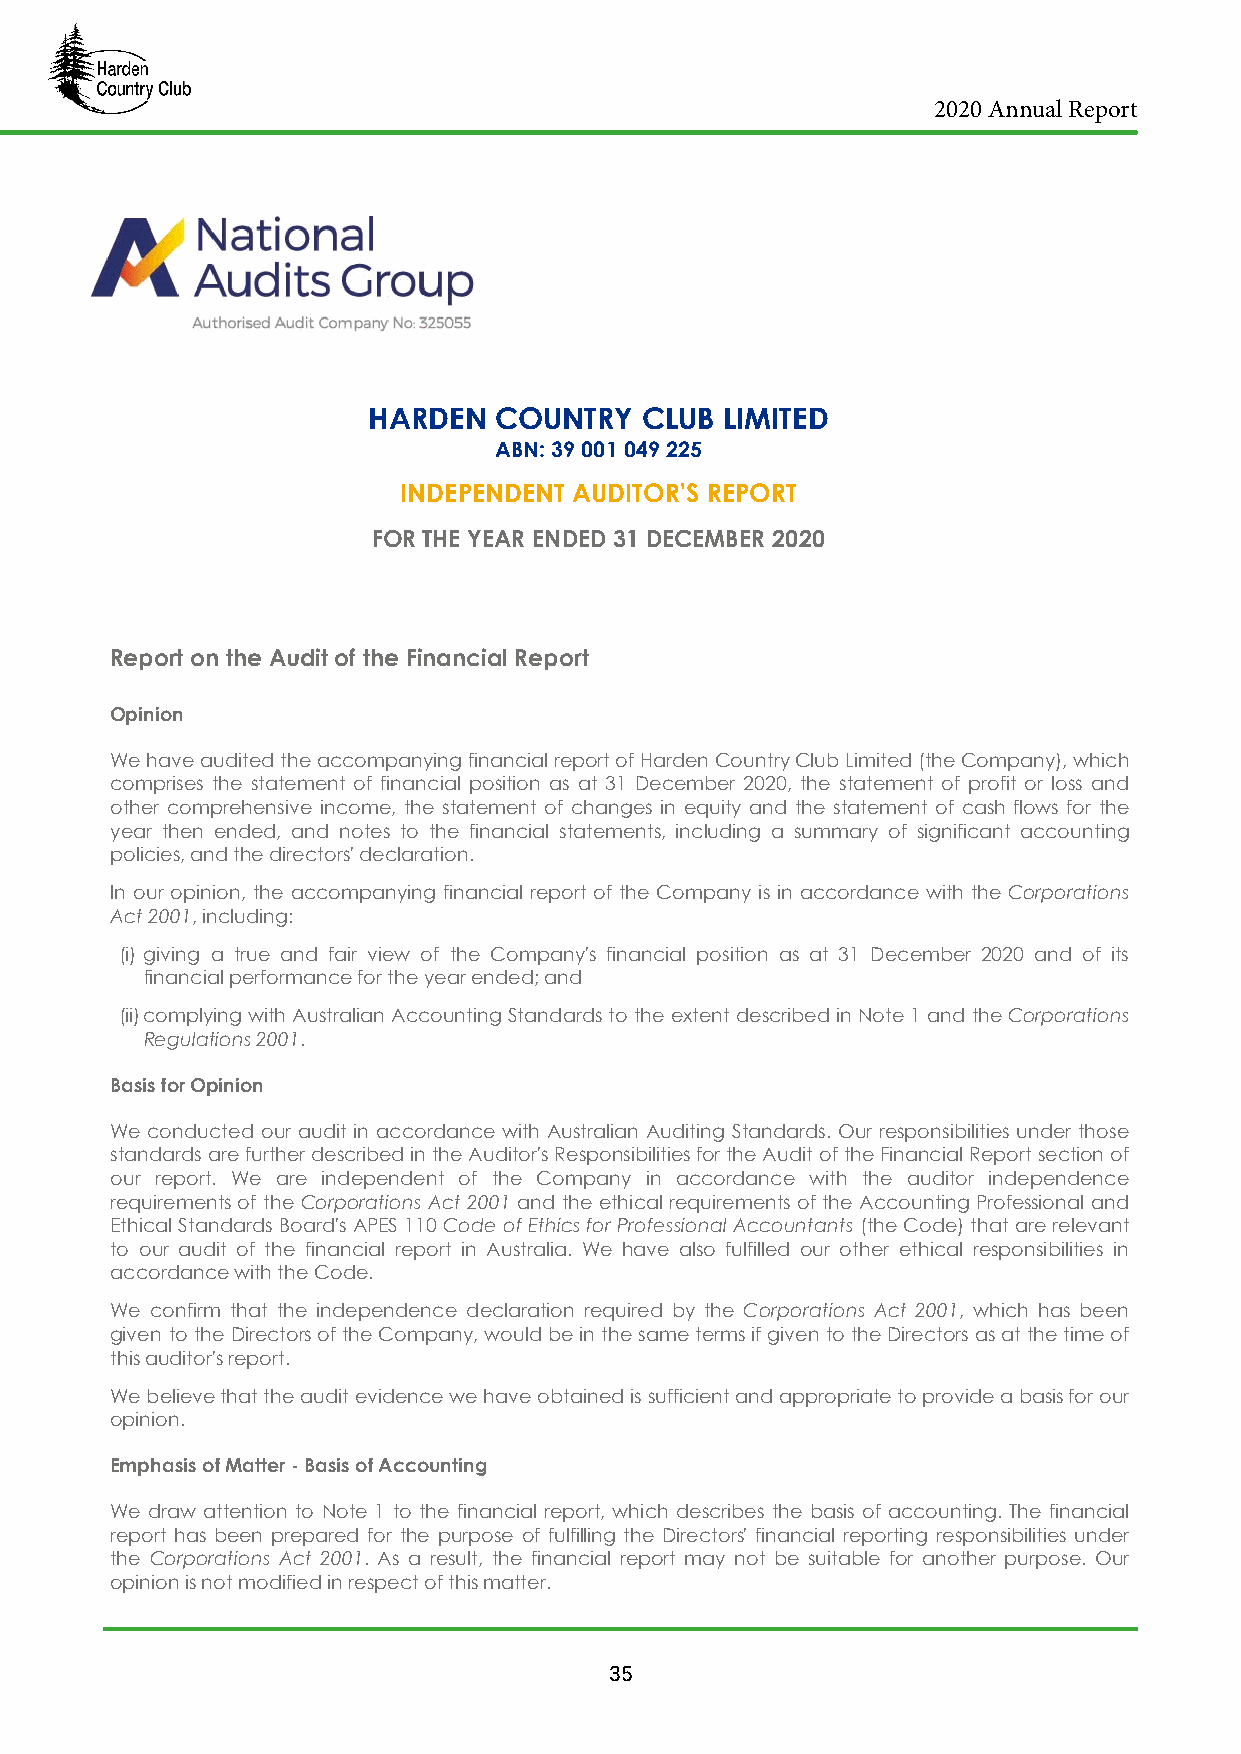
2020 Annual Report
 HARDEN   COUNTRY  CLUB  LIMITED
 ABN: 39 001 049 225
 INDEPENDENT AUDITOR'S REPORT
 FOR THE YEAR ENDED 31 DECEMBER 2020
 Report on the Audit of the Financial Report
 Opinion
 We have audited the accompanying financial report of Harden Country Club Limited (the Company), which
 comprises the statement of financial position as at 31 December 2020, the statement of profit or loss and
 other comprehensive income, the statement of changes in equity and the statement of cash flows for the
 year then ended, and notes to the financial statements, including a summary of significant accounting
 policies, and the directors' declaration.
 In our opinion, the accompanying financial report of the Company is in accordance with the Corporations
 Act 2001, including:
 (i) giving a true and fair view of the Company's financial position as at 31 December 2020 and of its
 financial performance for the year ended; and
 (ii)complying with Australian Accounting Standards to the extent described in Note 1 and the Corporations
 Regulations 2001.
 Basis for Opinion
 We conducted our audit in accordance with Australian Auditing Standards. Our responsibilities under those
 standards are further described in the Auditor's Responsibilities for the Audit of the Financial Report section of
 our report. We are independent of the Company in accordance with the auditor independence
 requirements of the Corporations Act 2001 and the ethical requirements of the Accounting Professional and
 Ethical Standards Board's APES 110 Code of Ethics for Professional Accountants (the Code) that are relevant
 to our audit of the financial report in Australia. We have also fulfilled our other ethical responsibilities in
 accordance with the Code.
 We confirm that the independence declaration required by the Corporations Act 2001, which has been
 given to the Directors of the Company, would be in the same terms if given to the Directors as at the time of
 this auditor's report.
 We believe that the audit evidence we have obtained is sufficient and appropriate to provide a basis for our
 opinion.
 Emphasis of Matter - Basis of Accounting
 We draw attention to Note 1 to the financial report, which describes the basis of accounting. The financial
 report has been prepared for the purpose of fulfilling the Directors' financial reporting responsibilities under
 the Corporations Act 2001. As a result, the financial report may not be suitable for another purpose. Our
 opinion is not modified in respect of this matter.
 35
 T: 1300 734 707 E: info@audits.com.au